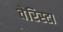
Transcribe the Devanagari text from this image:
वेरिस्टा